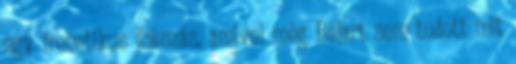
egy frenetikus fokozás, amivel még Béjart sem tudott mit